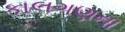
કાલગણના